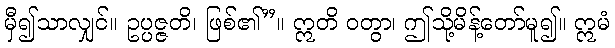
မှီ၍သာလျှင်။ ဥပ္ပဇ္ဇတိ၊ ဖြစ်၏”။ ဣတိ ဝတွာ၊ ဤသို့မိန့်တော်မူ၍။ ဣမံ